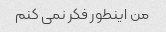
من اینطور فکر نمی کنم